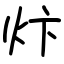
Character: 炞